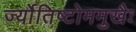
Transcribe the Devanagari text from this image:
र्ज्योतिष्टोममुखैः